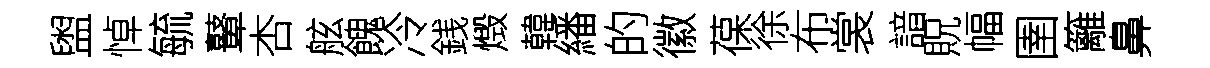
盥悼毓鼙杏舷餽冷銭燬韓繙的徽葆徐布裳諳貺幅圉籬鼻